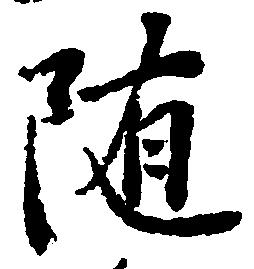
随